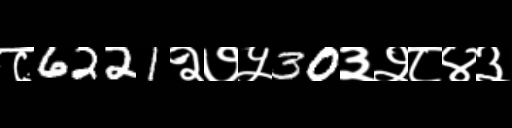
Text: ८6221२७५30३२८४३